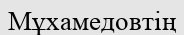
Мұхамедовтің